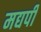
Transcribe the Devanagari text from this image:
मद्यपी